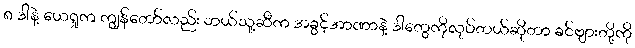
၈ ဒါနဲ့ ယေရှုက ကျွန်တော်လည်း ဘယ်သူ့ဆီက အခွင့်အာဏာနဲ့ ဒါတွေကိုလုပ်တယ်ဆိုတာ ခင်ဗျားတို့ကို